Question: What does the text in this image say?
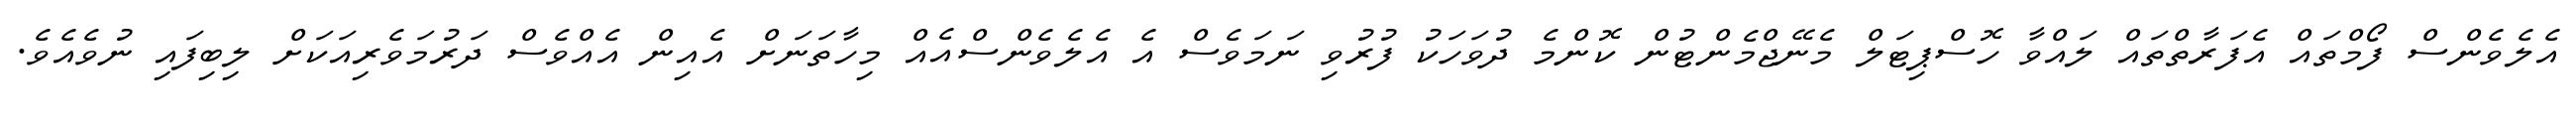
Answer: އެލެވެންސް ފޯމްތައް އެފަރާތްތައް ލައްވާ ހޮސްޕިޓަލް މެނޭޖްމެންޓުން ކޮންމެ ދުވަހަކު ފުރުވި ނަމަވެސް އެ އެލެވެންސްއެއް މިހާތަނަށް އެއިން އެއްވެސް ދަރުމަވެރިއަކަށް ލިބިފައި ނުވެއެވެ.